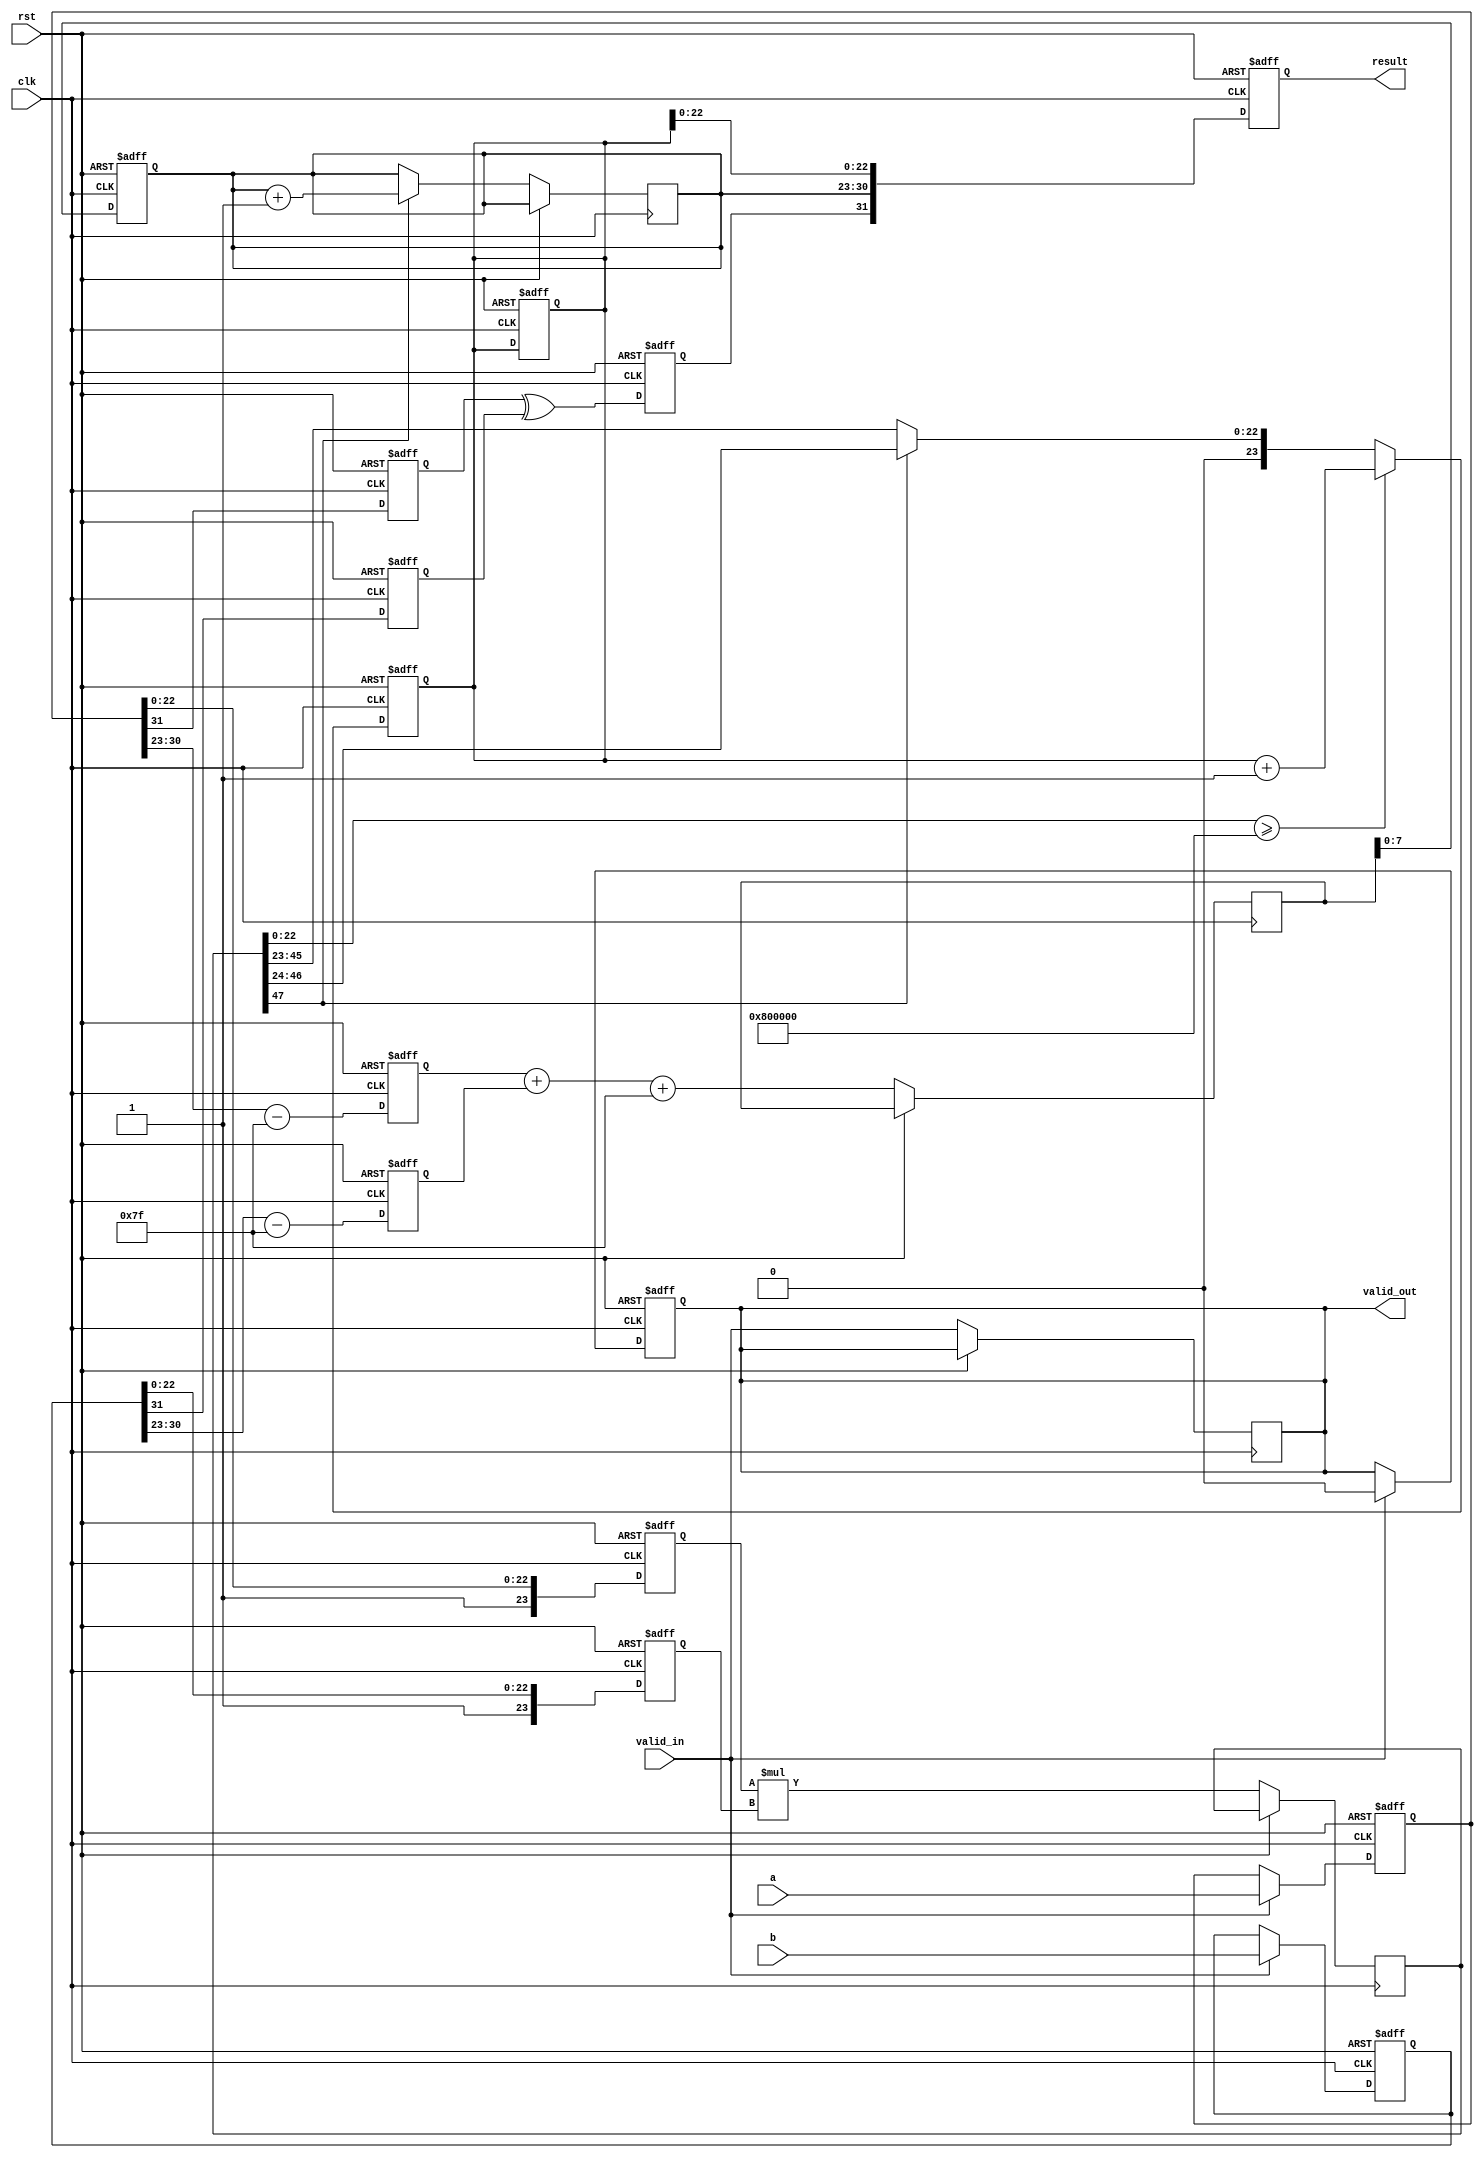
module floating_point_multiplier (
    input clk,
    input rst,
    input valid_in,
    input [31:0] a, // First floating-point number
    input [31:0] b, // Second floating-point number
    output reg valid_out,
    output reg [31:0] result // Resulting floating-point number
);

    // Pipeline registers
    reg [31:0] a_reg, b_reg;
    reg sign_a, sign_b, sign_result;
    reg [7:0] exp_a, exp_b, exp_result;
    reg [23:0] mant_a, mant_b, mant_result;
    reg [47:0] mant_mult; // Intermediate mantissa multiplication result
    reg [8:0] exp_sum; // To hold the sum of exponents

    // Stage 1: Input Stage
    always @(posedge clk or posedge rst) begin
        if (rst) begin
            a_reg <= 32'b0;
            b_reg <= 32'b0;
            valid_out <= 1'b0;
        end else if (valid_in) begin
            a_reg <= a;
            b_reg <= b;
            valid_out <= 1'b0; // Reset output valid until result is ready
        end
    end

    // Stage 2: Sign Calculation
    always @(posedge clk or posedge rst) begin
        if (rst) begin
            sign_a <= 1'b0;
            sign_b <= 1'b0;
            sign_result <= 1'b0;
        end else begin
            sign_a <= a_reg[31];
            sign_b <= b_reg[31];
            sign_result <= sign_a ^ sign_b; // XOR for sign
        end
    end

    // Stage 3: Exponent Calculation
    always @(posedge clk or posedge rst) begin
        if (rst) begin
            exp_a <= 8'b0;
            exp_b <= 8'b0;
            exp_result <= 8'b0;
        end else begin
            exp_a <= a_reg[30:23] - 8'd127; // Remove bias
            exp_b <= b_reg[30:23] - 8'd127; // Remove bias
            exp_sum <= exp_a + exp_b + 8'd127; // Add exponents and reapply bias
            exp_result <= exp_sum[7:0]; // Take lower 8 bits
        end
    end

    // Stage 4: Mantissa Multiplication
    always @(posedge clk or posedge rst) begin
        if (rst) begin
            mant_a <= 24'b0;
            mant_b <= 24'b0;
            mant_result <= 48'b0;
        end else begin
            mant_a <= {1'b1, a_reg[22:0]}; // Add implicit leading 1
            mant_b <= {1'b1, b_reg[22:0]}; // Add implicit leading 1
            mant_mult <= mant_a * mant_b; // Multiply mantissas
        end
    end

    // Stage 5: Normalization and Rounding
    always @(posedge clk or posedge rst) begin
        if (rst) begin
            mant_result <= 24'b0;
        end else begin
            // Normalize the mantissa
            if (mant_mult[47]) begin
                mant_result <= mant_mult[46:24]; // Shift right if overflow
                exp_result <= exp_result + 1; // Increment exponent
            end else begin
                mant_result <= mant_mult[45:23]; // Normal case
            end
            // Rounding (simple round to nearest)
            if (mant_mult[22:0] >= 24'h800000) begin
                mant_result <= mant_result + 1; // Round up if needed
            end
        end
    end

    // Stage 6: Output Stage
    always @(posedge clk or posedge rst) begin
        if (rst) begin
            result <= 32'b0;
        end else begin
            result <= {sign_result, exp_result, mant_result[22:0]}; // Assemble result
            valid_out <= valid_in; // Set output valid
        end
    end

endmodule